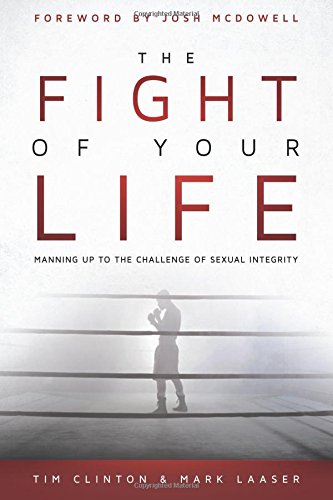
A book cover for The Fight of Your Life: Manning Up to the Challenge of Sexual Integrity; Tim Clinton; Health, Fitness & Dieting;